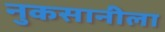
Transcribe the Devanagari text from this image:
नुकसानीला